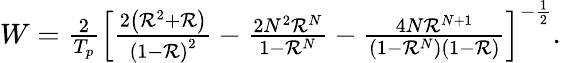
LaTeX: \begin{array}{r}{W=\frac{2}{T_{p}}\left[\frac{2\left(\mathcal{R}^{2}+\mathcal{R}\right)}{\left(1-\mathcal{R}\right)^{2}}-\frac{2N^{2}\mathcal{R}^{N}}{1-\mathcal{R}^{N}}-\frac{4N\mathcal{R}^{N+1}}{\left(1-\mathcal{R}^{N}\right)\left(1-\mathcal{R}\right)}\right]^{-\frac{1}{2}}.}\end{array}